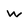
Character: w